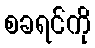
စခရင်ကို